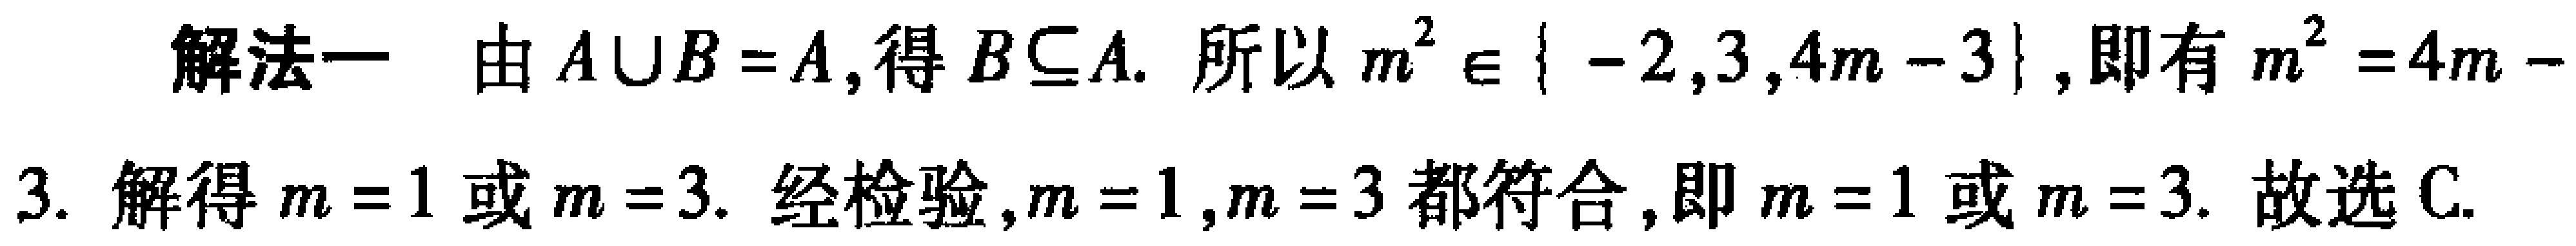
解法一 由\(A\cup B = A\)，得\(B\subseteq A\). 所以\(m^{2} \in \{ -2,3,4m - 3\}\)，即有\(m^{2}=4m - 3\). 解得\(m = 1\)或\(m = 3\). 经检验，\(m = 1\)，\(m = 3\)都符合，即\(m = 1\)或\(m = 3\). 故选C.